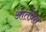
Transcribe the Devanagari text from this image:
ओतप्रेत